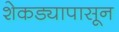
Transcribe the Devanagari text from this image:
शेकड्यापासून